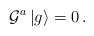
\begin{align*}{\cal G}^a\,|g\rangle=0\,.\end{align*}